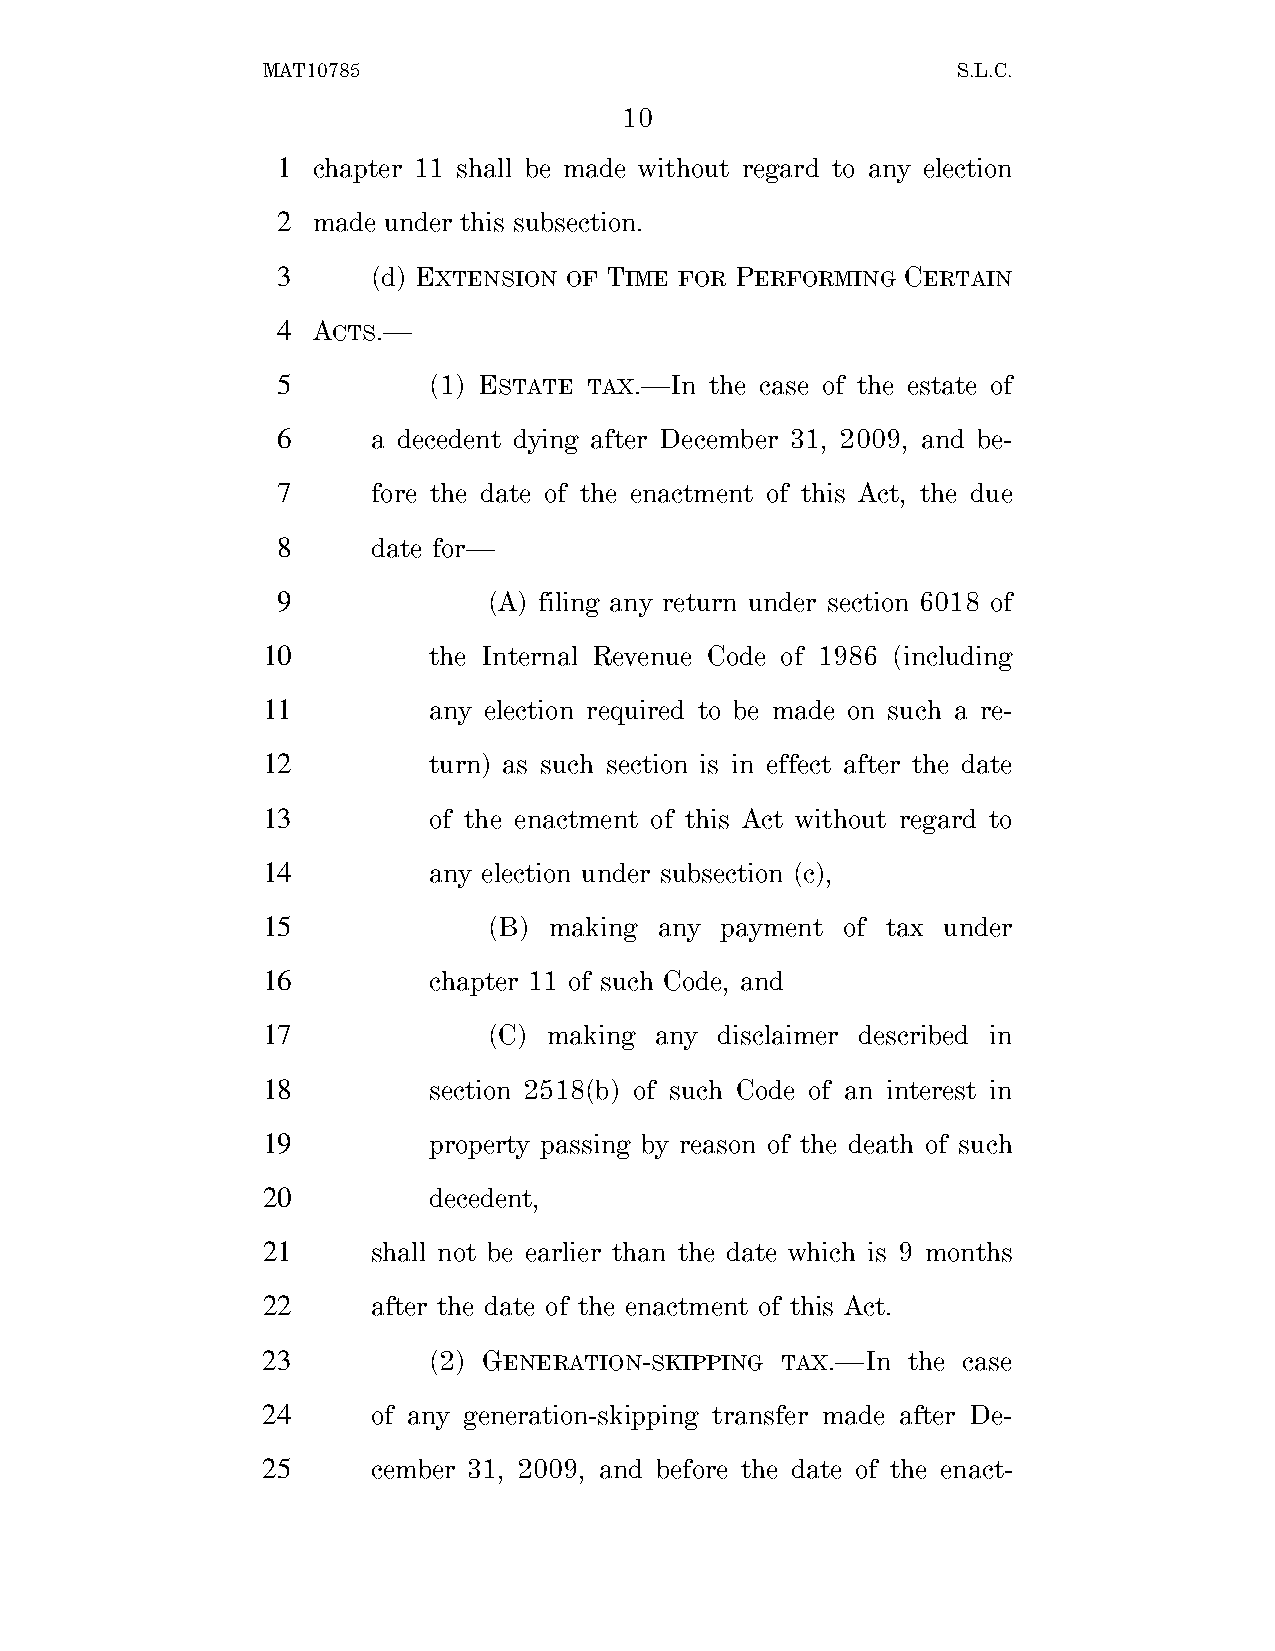
MAT10785                                      S.L.C.
 10
 1  chapter 11 shall be made without regard to any election
 2  made under this subsection.
 3      (d) EXTENSION OF TIME FOR PERFORMING CERTAIN
 4  ACTS.—
 5         (1) ESTATE TAX.—In the case of the estate of
 6      a decedent dying after December 31, 2009, and be-
 7      fore the date of the enactment of this Act, the due
 8      date for—
 9             (A) filing any return under section 6018 of
 10         the Internal Revenue Code of 1986 (including
 11         any election required to be made on such a re-
 12         turn) as such section is in effect after the date
 13         of the enactment of this Act without regard to
 14         any election under subsection (c),
 15             (B) making  any payment of tax under
 16         chapter 11 of such Code, and
 17             (C) making any  disclaimer described in
 18         section 2518(b) of such Code of an interest in
 19         property passing by reason of the death of such
 20         decedent,
 21      shall not be earlier than the date which is 9 months
 22      after the date of the enactment of this Act.
 23         (2) GENERATION-SKIPPING TAX.—In the case
 24      of any generation-skipping transfer made after De-
 25      cember 31, 2009, and before the date of the enact-